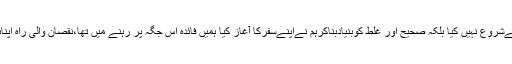
مصطفیٰ کمال نے کہا کہ ہم نے یہ سفر روایتی سیاست کےلئےشروع نہیں کیا بلکہ صحیح اور غلط کوبنیادبناکرہم نےاپنےسفرکا آغاز کیا ہمیں فائدہ اس جگہ پر رہنے میں تھا،نقصان والی راہ اپنائی ہم نےاپنےپہلےدن کی بات میں ایک زیرزبرتبدیل نہیں کیا۔